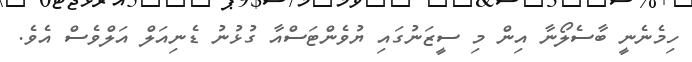
ހިމެނެނީ ބާސެލޯނާ އިން މި ސީޒަނުގައި ޔުވެންޓަސްއާ ގުޅުނު ޑެނިއަލް އަލްވެސް އެވެ.